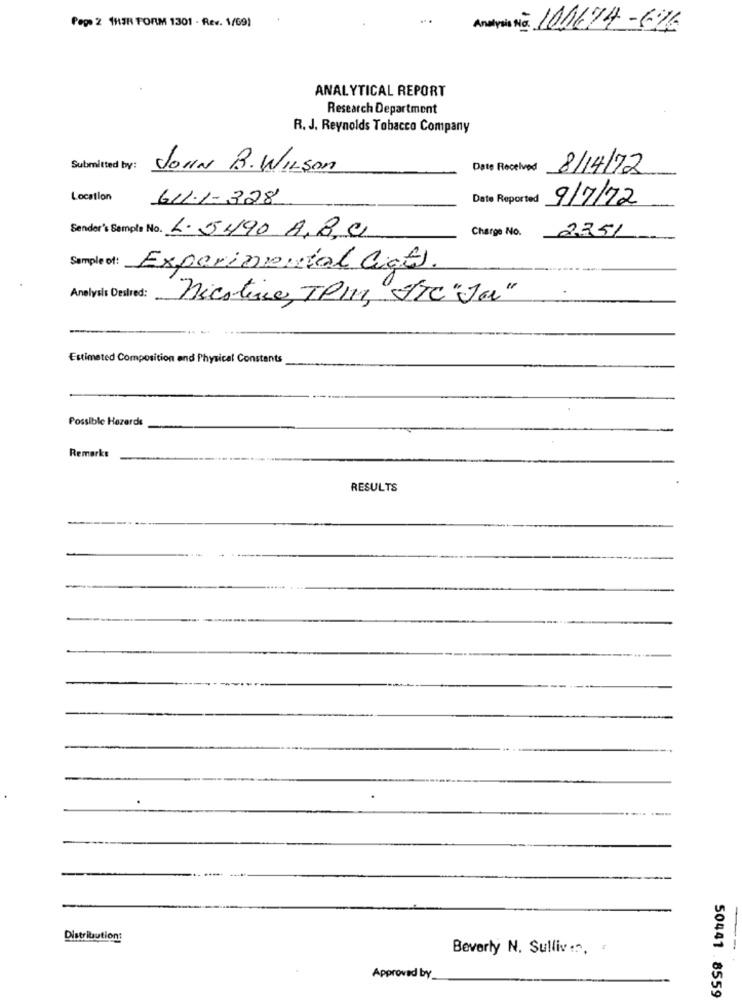
Pepe 2 1HAR FORM 1301 - Rev. 1/69)
Analysis No. 101674-676
ANALYTICAL REPORT
Research Department
R. J. Reynolds Tobacco Company
Submitted by:
JOHN B. WILSON
Date Received 8/14/72
Location
611.1-328
Date Reported
9/7/72
Charge No.
2251
Sender's Sempla No. L. 5490 A,B, C
Sample of!
Experimental Cical.
Anolysis Desired:
Nicotine, TPM, ITC "Ja"
Estimated Composition and Physical Constants
Possible Hazards
Remarks
RESULTS
Distribution:
Beverly N. Sullivan,
Approved by
50441 . 8559